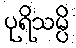
ပုရိသမ္ပိ